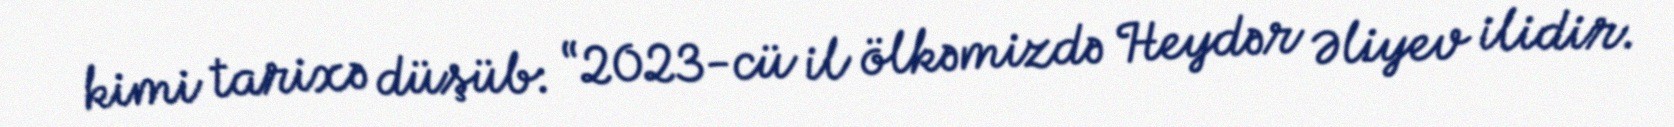
kimi tarixə düşüb: “2023-cü il ölkəmizdə Heydər Əliyev ilidir.